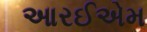
આરઈએમ